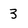
Character: 3